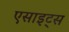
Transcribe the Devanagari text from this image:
एसाइट्स